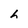
Character: h